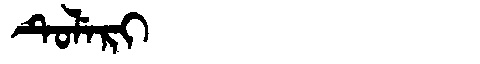
Manchu: ᡨᡠᠯᡝᡵᡳ
Romanization: TULERI